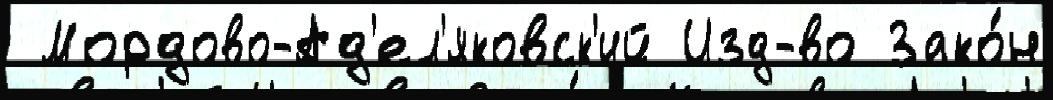
 Мордово-Ад'ел'яковск'ий Изд-во Зако́н